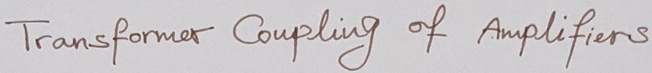
Text: Transformer Coupling of Amplifiers